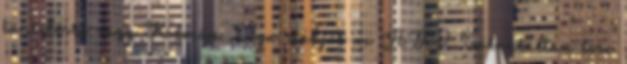
tüntetésre vagy Kálmán Olga stábját az ATV Garantáltan lesz